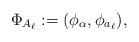
\begin{align*}\Phi_{A_\ell} := (\phi_\alpha,\phi_{a_\ell}),\end{align*}